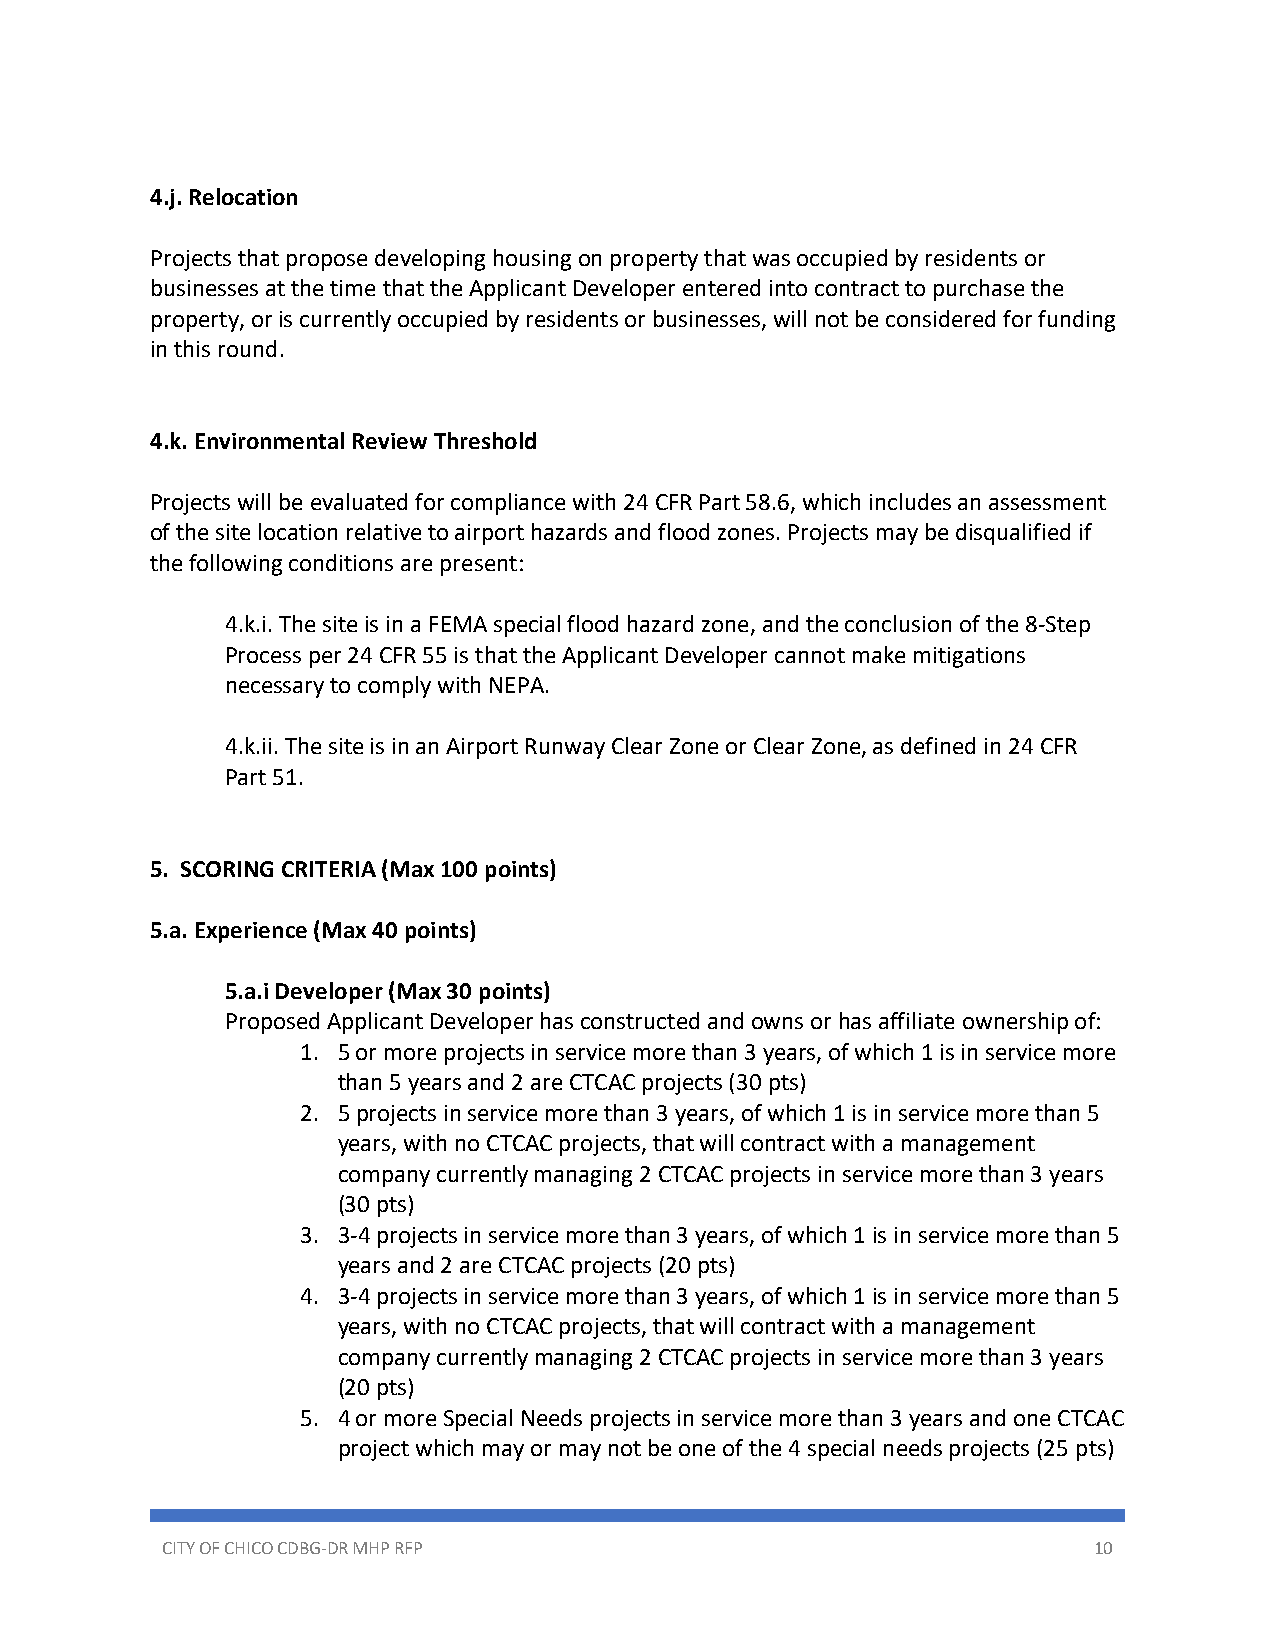
4.j. Relocation
 Projects that propose developing housing on property that was occupied by residents or
 businesses at the time that the Applicant Developer entered into contract to purchase the
 property, or is currently occupied by residents or businesses, will not be considered for funding
 in this round.
 4.k. Environmental Review Threshold
 Projects will be evaluated for compliance with 24 CFR Part 58.6, which includes an assessment
 of the site location relative to airport hazards and flood zones. Projects may be disqualified if
 the following conditions are present:
 4.k.i. The site is in a FEMA special flood hazard zone, and the conclusion of the 8-Step
 Process per 24 CFR 55 is that the Applicant Developer cannot make mitigations
 necessary to comply with NEPA.
 4.k.ii. The site is in an Airport Runway Clear Zone or Clear Zone, as defined in 24 CFR
 Part 51.
 5. SCORING CRITERIA (Max 100 points)
 5.a. Experience (Max 40 points)
 5.a.i Developer (Max 30 points)
 Proposed Applicant Developer has constructed and owns or has affiliate ownership of:
 1. 5 or more projects in service more than 3 years, of which 1 is in service more
 than 5 years and 2 are CTCAC projects (30 pts)
 2. 5 projects in service more than 3 years, of which 1 is in service more than 5
 years, with no CTCAC projects, that will contract with a management
 company currently managing 2 CTCAC projects in service more than 3 years
 (30 pts)
 3. 3-4 projects in service more than 3 years, of which 1 is in service more than 5
 years and 2 are CTCAC projects (20 pts)
 4. 3-4 projects in service more than 3 years, of which 1 is in service more than 5
 years, with no CTCAC projects, that will contract with a management
 company currently managing 2 CTCAC projects in service more than 3 years
 (20 pts)
 5. 4 or more Special Needs projects in service more than 3 years and one CTCAC
 project which may or may not be one of the 4 special needs projects (25 pts)
 CITY OF CHICO CDBG-DR MHP RFP                                10